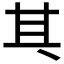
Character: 𠀪